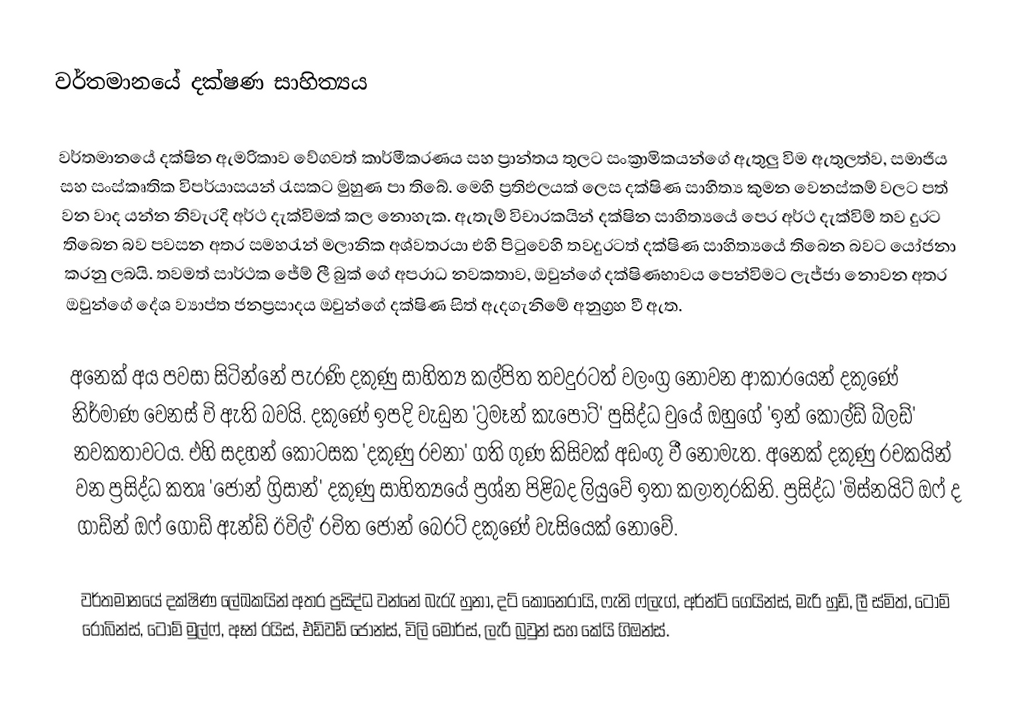
වර්තමානයේ දක්ෂණ සාහිත්‍යය

	වර්තමානයේ දක්ෂින ඇමරිකා‍ව වේගවත් කාර්මීකරණය සහ ප්‍රාන්තය තුලට සංක්‍රාමිකයන්ගේ ඇතුලු විම ඇතුලත්ව, සමාජිය සහ සංස්කෘතික විපර්යාසයන් රැසකට මුහුණ පා තිබේ. මෙහි ප්‍රතිඵලයක් ලෙස දක්ෂිණ සාහිත්‍ය කුමන වෙනස්කම් වලට පත් වන වාද යන්න නිවැරදි අර්ථ දැක්විමක් කල නොහැක. ඇතැම් විචාරකයින් දක්ෂින සාහිත්‍යයේ පෙර අර්ථ දැක්විම් තව දුරට තිබෙන බව පවසන අතර සමහරැන් මලානික අශ්වතරයා එහි පිටුවෙහි තවදුරටත් දක්ෂිණ සාහිත්‍යයේ තිබෙන බවට යෝජනා කරනු ලබයි. තවමත් සාර්ථක ජේම් ලී බුක් ගේ අපරාධ නවකතාව, ඔවුන්ගේ දක්ෂිණභාවය පෙන්විමට ලැජ්ජා නොවන අතර ඔවුන්ගේ දේශ ව්‍යාප්ත ජනප්‍රසාදය ඔවුන්ගේ දක්ෂිණ සිත් ඇදගැනිමේ අනුග්‍රහ වී ඇත.

	අනෙක් අය පවසා සිටින්නේ පැරණි දකුණු සාහිත්‍ය කල්පිත තවදුරටත් වලංග්‍ර නොවන ආකාරයෙන් දකුණේ නිර්මාණ වෙනස් වි ඇති බවයි. දකුණේ ඉපදි වැඩුන 'ට්‍රමෑන් කැපෝට්' පුසිද්ධ වුයේ ඔහුගේ 'ඉන් කෝල්ඩ් බ්ලඩ්' නවකතාවටය. එහි සදහන් කොටසක 'දකු‍ණු රචනා' ගති ගුණ කිසිවක් අඩංගු වී නොමැත. අනෙක් දකුණු රචකයින් වන ප්‍රසිද්ධ කතෘ ‍'ජෝන් ග්‍රිසාන්' දකුණු සාහිත්‍යයේ ප්‍රශ්න පිළිබද ලියුවේ ඉතා කලාතුරකිනි. ප්‍රසිද්ධ 'මිස්නයිට් ඔෆ් ද ගාඩ්න් ඔෆ් ගොඩ් ඇන්ඩ් ඊවිල්' රචිත ජෝන් බෙරට් දකුණේ වැසියෙක් නොවේ.

	වර්තමානයේ දක්ෂිණ ලේඛකයින් අතර ප්‍රසිද්ධ වන්නේ බැරැ හුනා, දට් කොන‍ෙරායි, ෆැනි ෆ්ලැග්, අර්න්ට් ගෙයින්ස්, මැරි හුඩ්, ලී ස්මිත්, ටොම් රොබින්ස්, ටොම් මුල්ෆ්, ඈන් රයිස්, එඩ්වඩ් ජෝන්ස්, විලි මොර්ස්, ලැරි බ්‍රවුන් සහ කේයි ගිඔන්ස්.